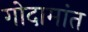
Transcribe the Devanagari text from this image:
गोदामांत